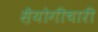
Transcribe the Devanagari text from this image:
स़ैयोगीचारी